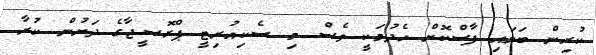
ކުރިން ބަލައި ފާސްކޮށް ހެދުމަކީ ވެސް މި ސެކިއުރިޓީ ޕްރޮސީޖާގެ ދަށުން ކުރާ